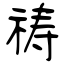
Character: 祷